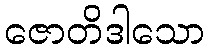
ဇောတိဒါသော